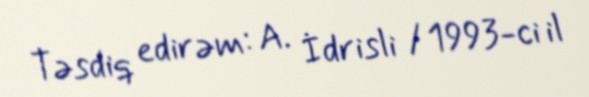
Təsdiq edirəm: A. İdrisli / 1993-ci il